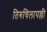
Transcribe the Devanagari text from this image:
तिरुचिलापल्ली